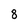
Character: 8